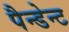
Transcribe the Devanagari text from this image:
पैन्डेन्ट